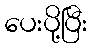
ပေးပို့ပြီး